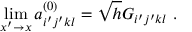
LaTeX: \operatorname * { l i m } _ { x ^ { \prime } \rightarrow x } a _ { i ^ { \prime } j ^ { \prime } k l } ^ { ( 0 ) } = \sqrt { h } G _ { i ^ { \prime } j ^ { \prime } k l } \ .